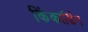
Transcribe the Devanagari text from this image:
किंकार्डिन